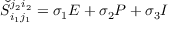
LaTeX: \check { S } _ { i _ { 1 } j _ { 1 } } ^ { j _ { 2 } i _ { 2 } } = \sigma _ { 1 } E + \sigma _ { 2 } P + \sigma _ { 3 } I